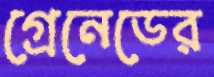
গ্রেনেডের